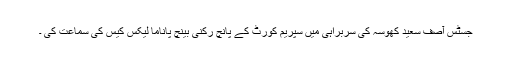
جسٹس آصف سعید کھوسہ کی سربراہی میں سپریم کورٹ کے پانچ رکنی بینچ پاناما لیکس کیس کی سماعت کی ۔